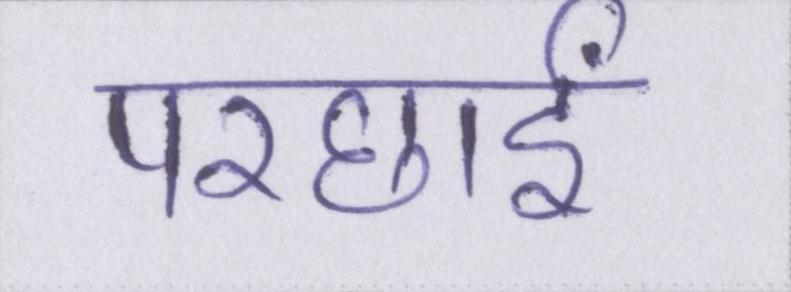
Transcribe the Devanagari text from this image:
परछाईं